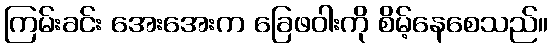
ကြမ်းခင်း အေးအေးက ခြေဖဝါးကို စိမ့်နေစေသည်။